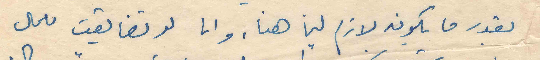
بقدر ما يكون لازم لنا هنا. وانا لو تضايقت للمال